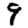
Digit: 9